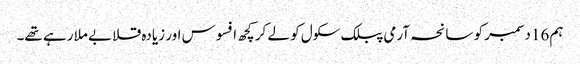
ہم 16دسمبر کو سانحہ آرمی پبلک سکول کو لے کر کچھ افسوس اور زیادہ قلابے ملا رہے تھے۔